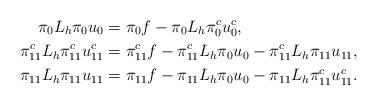
LaTeX: \begin{align*} \pi_0 L_h\pi_0 u_0 &= \pi_0 f - \pi_0 L_h\pi_0^c u_0^c , \\ \pi_{1 1}^c L_h\pi_{1 1}^c u_{1 1}^c &= \pi_{1 1}^c f - \pi_{1 1}^c L_h\pi_0 u_0 - \pi_{1 1}^c L_h\pi_{1 1} u_{1 1} , \\ \pi_{1 1}L_h\pi_{1 1} u_{1 1} &= \pi_{1 1}f - \pi_{1 1}L_h\pi_0 u_0 - \pi_{1 1}L_h\pi_{1 1}^c u_{1 1}^c . \end{align*}